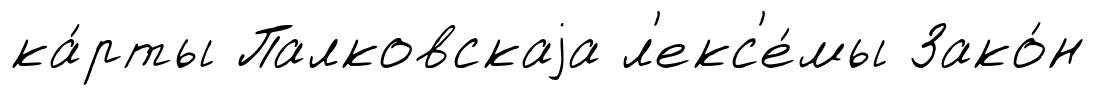
ка́рты Палковскаjа л'екс'е́мы Зако́н